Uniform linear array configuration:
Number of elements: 8
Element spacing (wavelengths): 0.75
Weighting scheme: kaiser
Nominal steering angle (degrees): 60
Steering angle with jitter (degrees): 60.737
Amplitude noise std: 0.05
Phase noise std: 0.05

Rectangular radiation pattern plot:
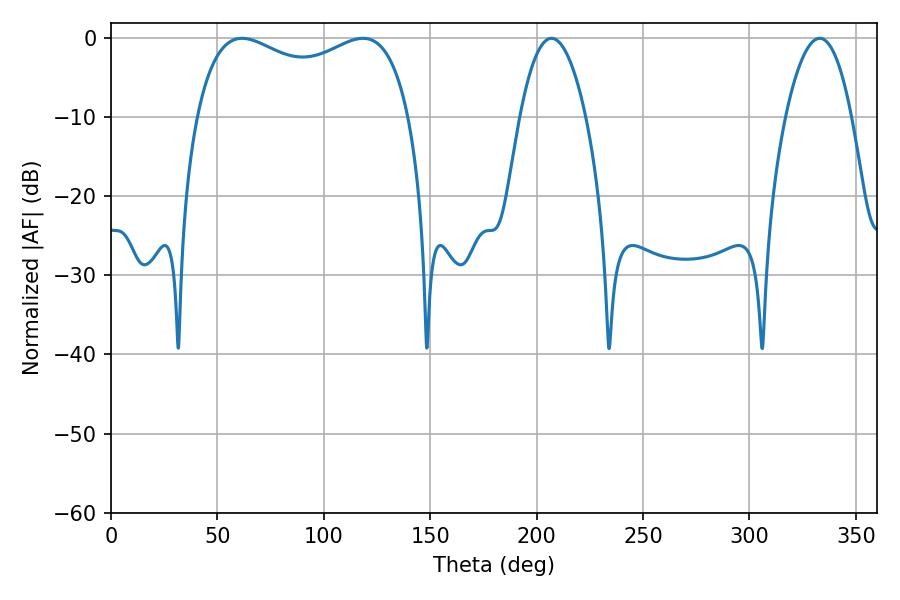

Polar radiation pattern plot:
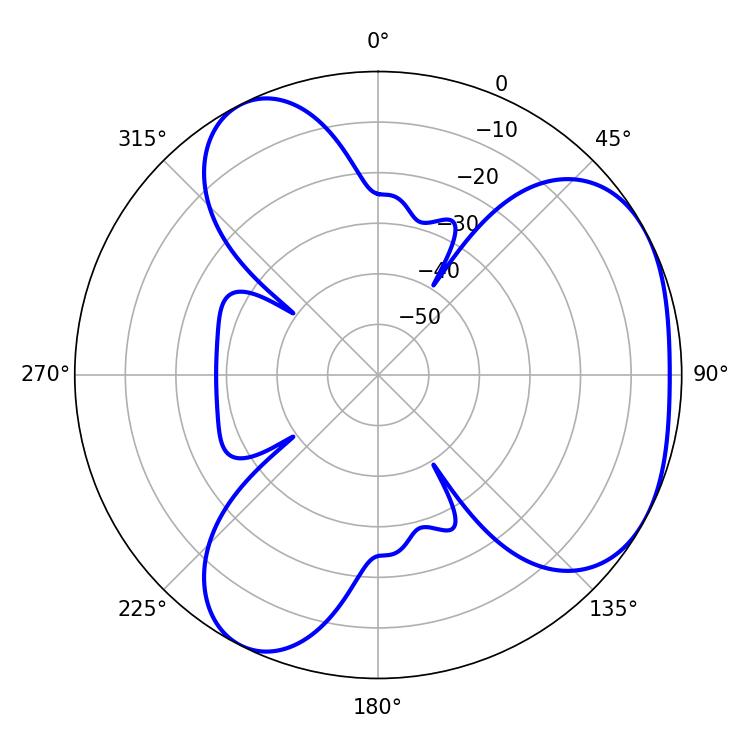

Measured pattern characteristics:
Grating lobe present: TRUE
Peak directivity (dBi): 3.968
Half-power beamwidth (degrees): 17.1
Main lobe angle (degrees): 207